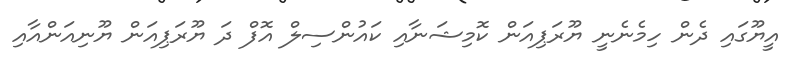
އީޔޫގައި ދެން ހިމެނެނީ ޔޫރަޕިއަން ކޮމިޝަނާއި ކައުންސިލް އޮފް ދަ ޔޫރަޕިއަން ޔޫނިއަންއާއި